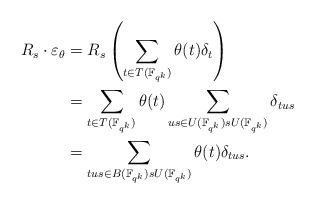
LaTeX: \begin{align*} R_{s} \cdot \varepsilon_\theta & = R_{s}\left(\sum_{t \in T(\mathbb{F}_{q^k})} \theta(t)\delta_t\right)\\ & = \sum_{t \in T(\mathbb{F}_{q^k})}\theta(t)\sum_{us \in U(\mathbb{F}_{q^k})sU(\mathbb{F}_{q^k})}\delta_{tus}\\ & = \sum_{tus \in B(\mathbb{F}_{q^k})sU(\mathbb{F}_{q^k})} \theta(t)\delta_{tus}.\end{align*}